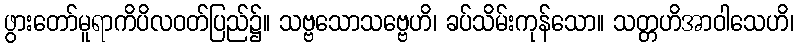
ဖွားတော်မူရာကိပိလဝတ်ပြည်၌။ သဗ္ဗသောသဗ္ဗေဟိ၊ ခပ်သိမ်းကုန်သော။ သတ္တဟိအာဝါသေဟိ၊